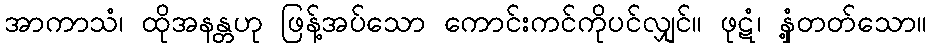
အာကာသံ၊ ထိုအနန္တဟု ဖြန့်အပ်သော ကောင်းကင်ကိုပင်လျှင်။ ဖုဋံ၊ နှံ့တတ်သော။